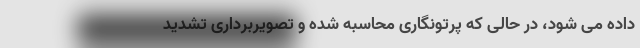
داده می شود، در حالی که پرتونگاری محاسبه شده و تصویربرداری تشدید